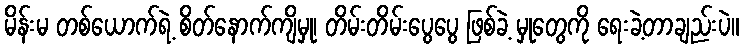
မိန်းမ တစ်ယောက်ရဲ့ စိတ်နောက်ကျိမှု၊ တိမ်းတိမ်းပွေပွေ ဖြစ်ခဲ့ မှုတွေကို ရေးခဲ့တာချည်းပဲ။